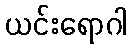
ယင်းရောဂါ